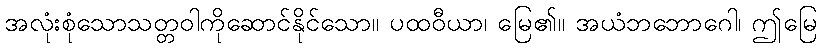
အလုံးစုံသောသတ္တဝါကိုဆောင်နိုင်သော။ ပထဝီယာ၊ မြေ၏။ အယံဘဘောဂေါ၊ ဤမြေ